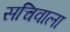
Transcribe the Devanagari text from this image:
सचिवाला